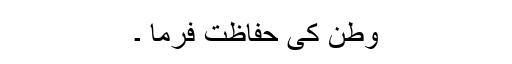
وطن کی حفاظت فرما ۔